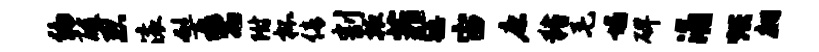
编酸忍滚髻鬻附杯倩割掖菲强宙康猪毛塌碑涌烘翩